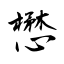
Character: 懋